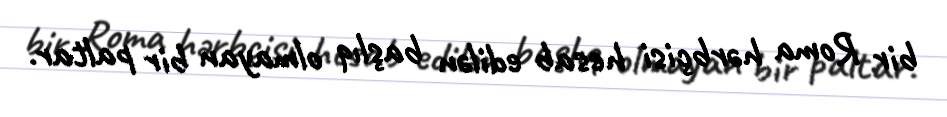
bir Roma hərbçisi hesab edilən başlıq olmayan bir paltar.